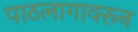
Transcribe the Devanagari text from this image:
पाठलागावरून